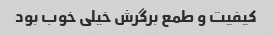
کیفیت و طمع برگرش خیلی خوب بود